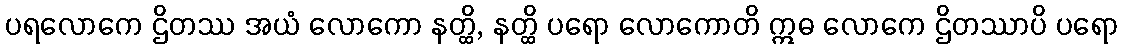
ပရလောကေ ဌိတဿ အယံ လောကော နတ္ထိ, နတ္ထိ ပရော လောကောတိ ဣဓ လောကေ ဌိတဿာပိ ပရော